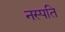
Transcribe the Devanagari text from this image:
नस्पति